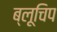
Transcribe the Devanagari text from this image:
ब्लूचिप